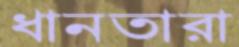
ধানতারা